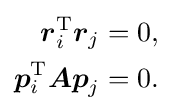
{\begin{aligned}{\boldsymbol {r}}_{i}^{\mathrm {T} }{\boldsymbol {r}}_{j}&=0{\text{,}}\\{\boldsymbol {p}}_{i}^{\mathrm {T} }{\boldsymbol {Ap}}_{j}&=0{\text{.}}\end{aligned}}